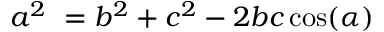
a ^ { 2 } \ = b ^ { 2 } + c ^ { 2 } - 2 b c \cos ( \alpha )